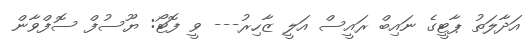
އަދާލަތު ޕާޓީގެ ނައިބް ރައީސް އަލީ ޒާހިރު--- ވީ ފޮޓޯ: ޔޫސުފް ސޮފްވާން